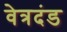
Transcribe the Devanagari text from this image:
वेत्रदंड